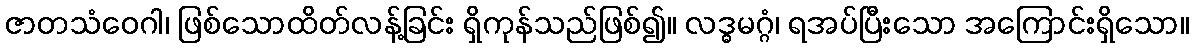
ဇာတသံဝေဂါ၊ ဖြစ်သောထိတ်လန့်ခြင်း ရှိကုန်သည်ဖြစ်၍။ လဒ္ဓမဂ္ဂံ၊ ရအပ်ပြီးသော အကြောင်းရှိသော။